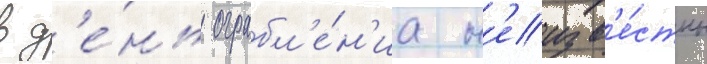
в д'е́нь ограбл'е́н'иа н'еизв'е́стны